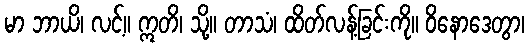
မာ ဘာယိ၊ လင့်။ ဣတိ၊ သို့။ တာသံ၊ ထိတ်လန့်ခြင်းကို။ ဝိနောဒေတွာ၊